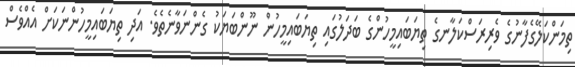
ތިމަންކަލޭގެފާނުގެ ވެރިރަސްކަލާނގެ ތިޔަބައިމީހުންގެ ބަދަލުގައި ތިޔަބައިމީހުން ނޫންބަޔަކު ގެންނަވާނެތެވެ. އަދި ތިޔަބައިމީހުންނަކަށް އެއްވެސް